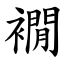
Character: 襉